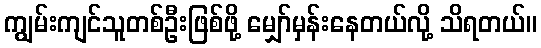
ကျွမ်းကျင်သူတစ်ဦးဖြစ်ဖို့ မျှော်မှန်းနေတယ်လို့ သိရတယ်။